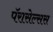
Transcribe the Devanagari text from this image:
पॅरासेल्सस